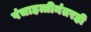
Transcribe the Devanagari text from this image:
पंचाहत्तीनंतरही